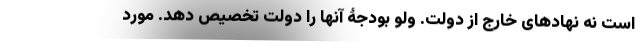
است نه نهادهای خارج از دولت. ولو بودجۀ آنها را دولت تخصیص دهد. مورد